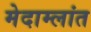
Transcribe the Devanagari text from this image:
मेदाम्लांत